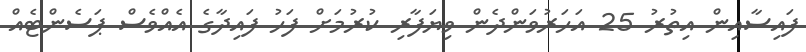
ފައިސާއިން އިތުރު 25 އަހަރުވަންދެން ވިޔަފާރި ކުރުމަށް ފަހު ފައިދާގެ އެއްވެސް ޕަސެންޓެއް